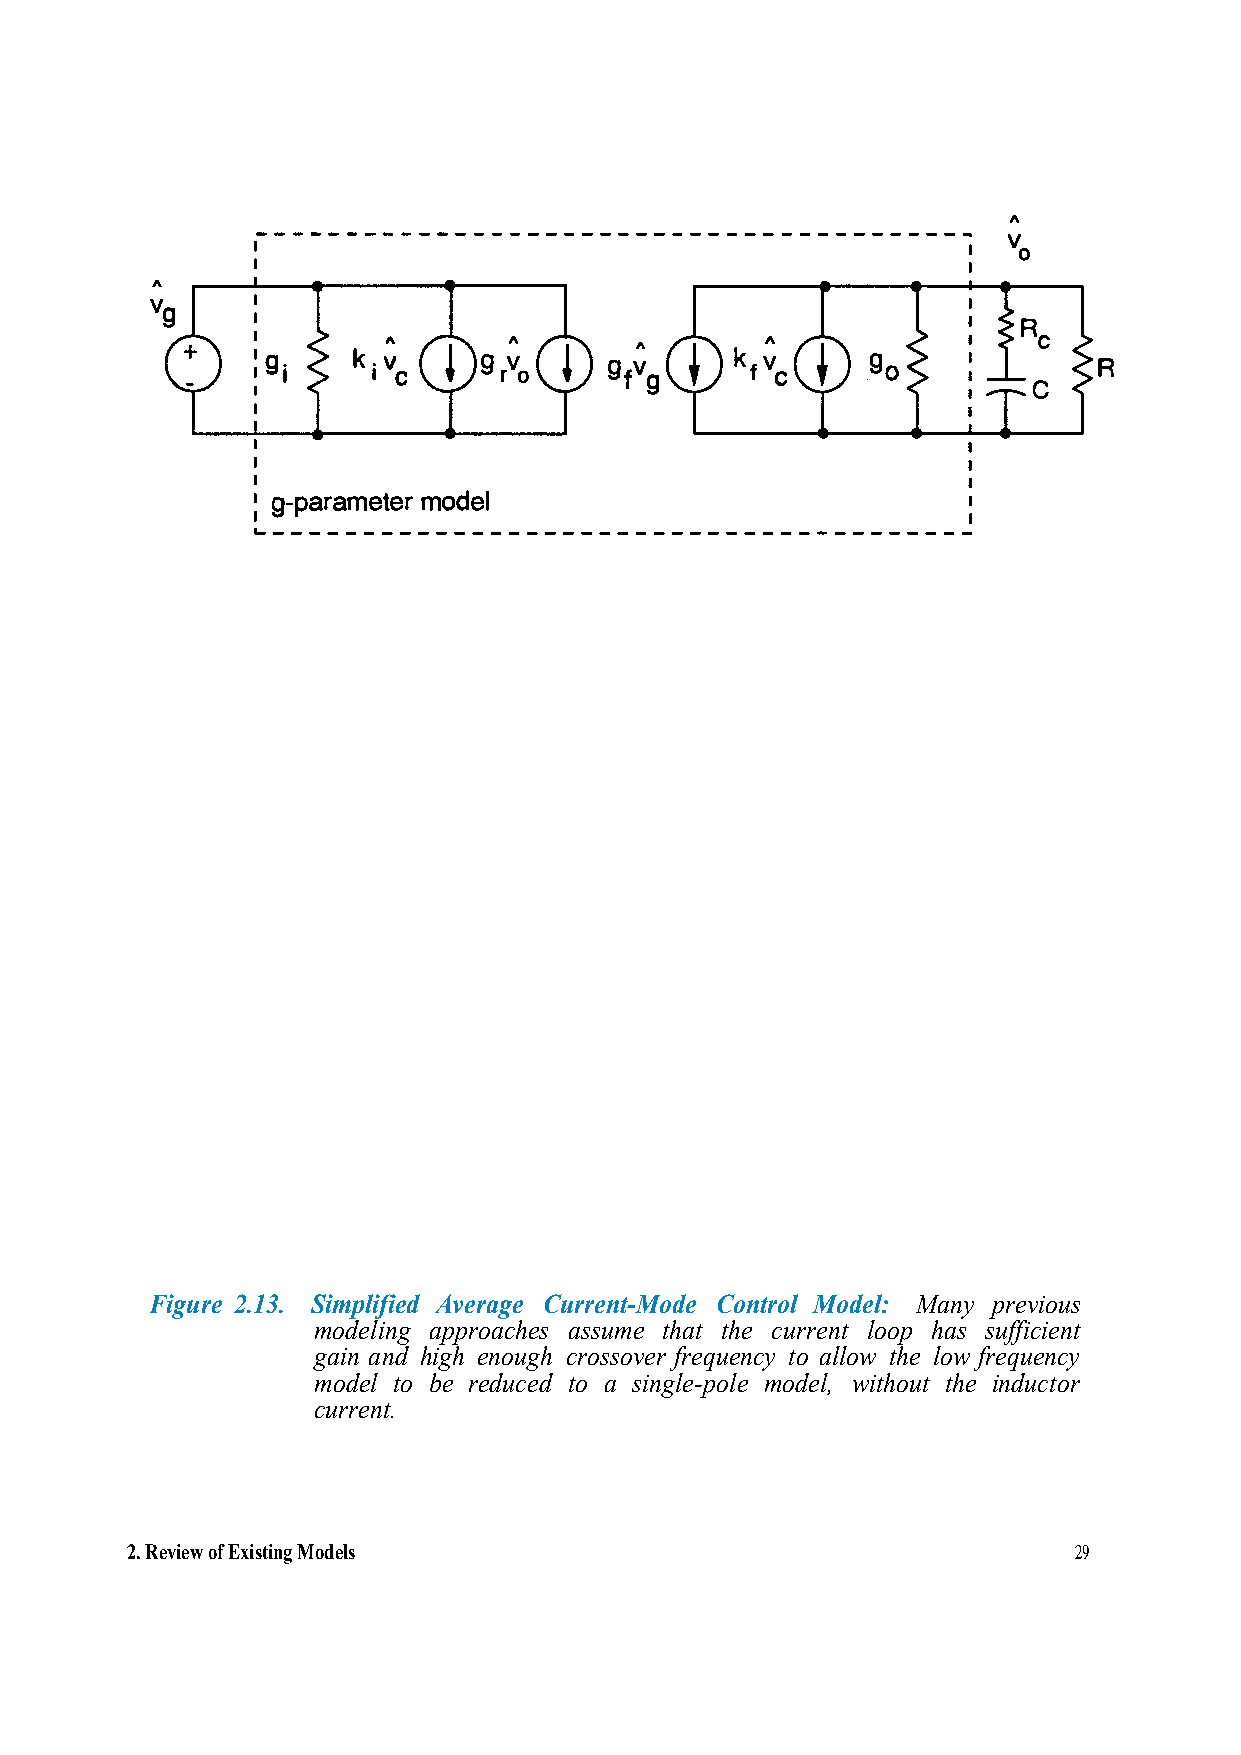
"
 gI.
 k Iv.                                             R
 C
 �g--pa-ram-moed-teelr-  ----------------------------------
 I
 Figure 2.13. Simplified Average Current-Mode Control Model: Many previous
 modeling approaches assume that the current loop has sufficient
 gain and high enough crossover frequency to allow the low frequency
 model to be reduced to a single-pole model, without the inductor
 current.
 2.Review of Existing Models                                    29